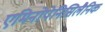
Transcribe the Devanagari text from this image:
एमिनोपेनिसिलैनिक